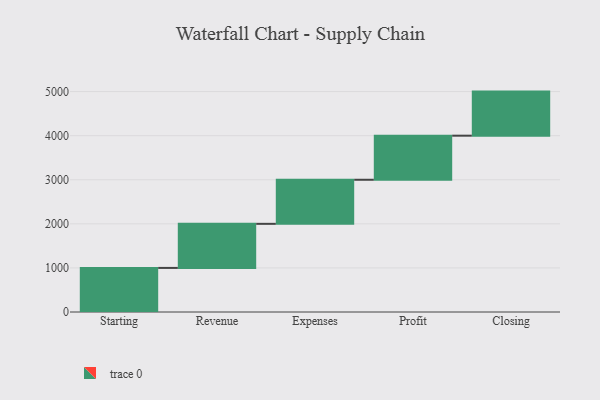
{"axis": {"x": "Step", "y": "Value"}, "legend": [""], "data": [{"x": "Starting", "y": 1000, "type": ""}, {"x": "Revenue", "y": 1000, "type": ""}, {"x": "Expenses", "y": 1000, "type": ""}, {"x": "Profit", "y": 1000, "type": ""}, {"x": "Closing", "y": 1000, "type": ""}]}